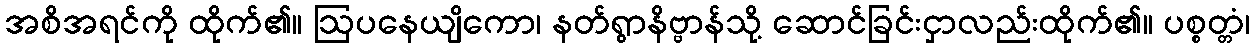
အစိအရင်ကို ထိုက်၏။ ဩပနေယျိကော၊ နတ်ရွာနိဗ္ဗာန်သို့ ဆောင်ခြင်းငှာလည်းထိုက်၏။ ပစ္စတ္တံ၊